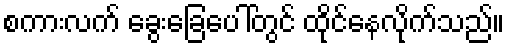
စကားလက် ခွေးခြေပေါ်တွင် ထိုင်နေလိုက်သည်။